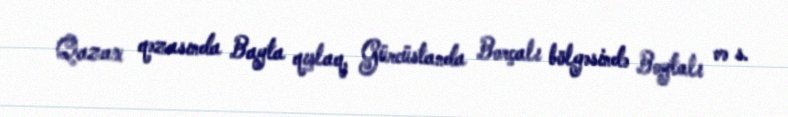
Qazax qəzasında Bayta qışlaq, Gürcüstanda Borçalı bölgəsində Boytalı və s.